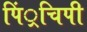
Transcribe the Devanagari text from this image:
पिं्रचिपी